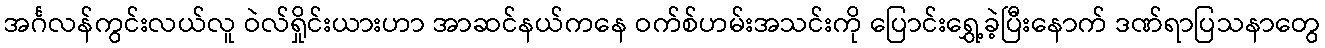
အင်္ဂလန်ကွင်းလယ်လူ ဝဲလ်ရှိုင်းယားဟာ အာဆင်နယ်ကနေ ဝက်စ်ဟမ်းအသင်းကို ပြောင်းရွှေ့ခဲ့ပြီးနောက် ဒဏ်ရာပြသနာတွေ